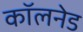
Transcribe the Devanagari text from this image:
कॉलनेड